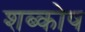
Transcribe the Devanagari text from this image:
शब्कोष